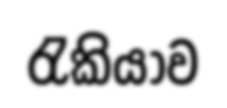
රැකියාව